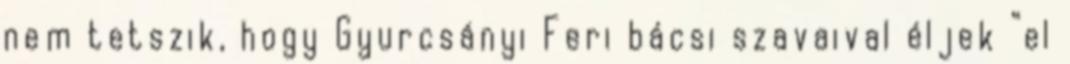
nem tetszik, hogy Gyurcsányi Feri bácsi szavaival éljek “el